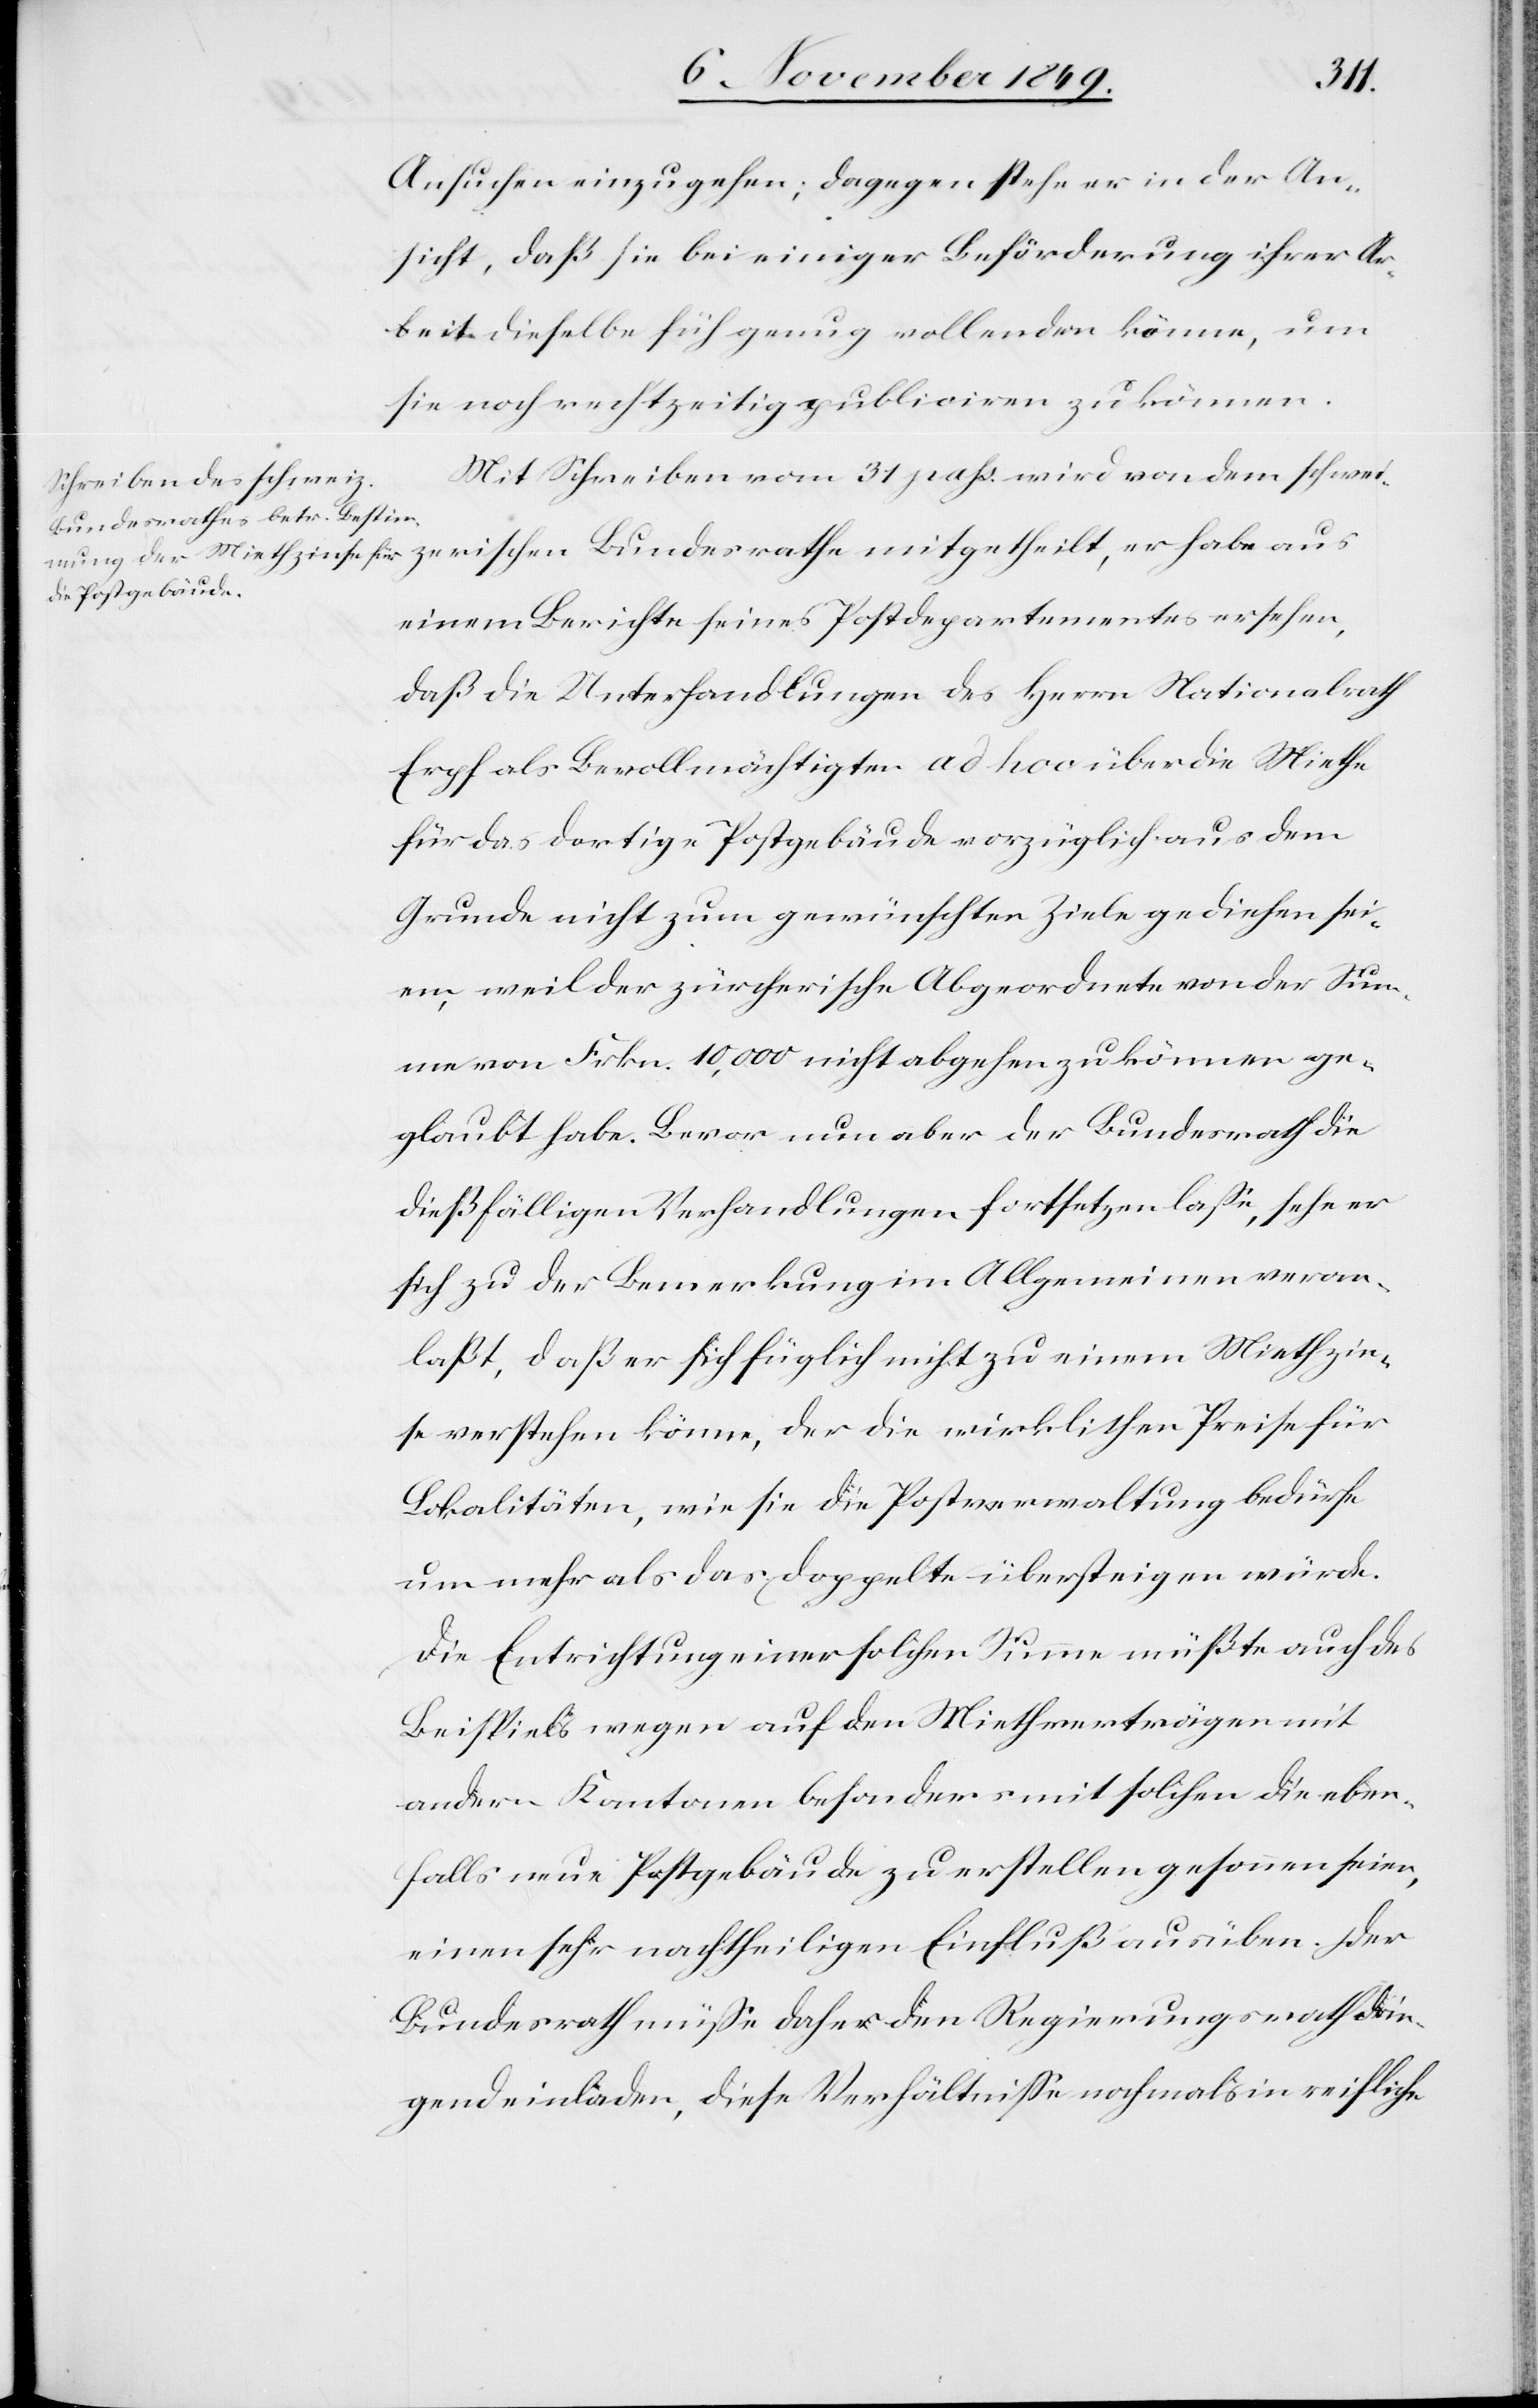
Ansuchen einzugehen, dagegen stehe er in der An¬
sicht, daß sie bei einziger Beförderung ihrer Ar¬
beit dieselbe f[r]üh genug vollenden könne, um
sie noch rechtzeitig publiciren zu können.
Mit Schreiben vom 31 pass. wird von dem schwei¬
zerischen Bundesrathe mitgetheilt, er habe aus
einem Berichte seines Postdepartementes ersehen,
daß die Unterhandlungen des Herrn Nationalrath
Erpf als Bevollmächtigten ad hoc über die Miethe
für das dortige Postgebäude vorzüglich aus dem
Grunde nicht zum gewünschten Ziele gediehen sei¬
en, weil der zürcherische Abgeordnete von der Sum¬
me von Frkn. 10,000 nicht abgehen zu können ge¬
glaubt habe. Bevor nun aber der Bundesrath die
dießfälligen Verhandlungen fortsetzen laße, sehe er
sich zu der Bemerkung im Allgemeinen veran¬
laßt, daß er sich füglich nicht zu einem Miethzin¬
se verstehen könne, der die wirklichen Preise für
Lokalitäten, wie sie die Postverwaltung bedürfe
um mehr als das doppelte übersteigen würde.
Die Entrichtung einer solchen Summe müßte auch des
Beispiels wegen auf den Miethverträgen mit
andern Kantonen besonders mit solchen die eben¬
falls neue Postgebäude zu erstellen gesonnen seien,
einen sehr nachtheiligen Einfluß ausüben. Der
Bundesrath müße daher den Regierungsrath drin¬
gend einladen, diese Verhältniße nochmals in reifliche